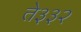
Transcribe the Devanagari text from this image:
ते३३२